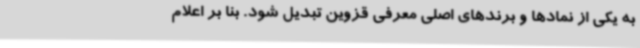
به یکی از نمادها و برندهای اصلی معرفی قزوین تبدیل شود. بنا بر اعلام